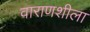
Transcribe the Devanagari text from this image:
वाराणशीला